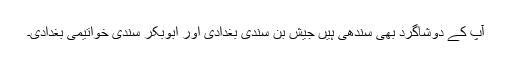
آپ کے دوشاگرد بھی سندھی ہیں جیش بن سندی بغدادی اور ابوبکر سندی خواتیمی بغدادی۔